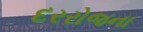
દરરોજના